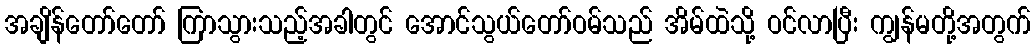
အချိန်တော်တော် ကြာသွားသည့်အခါတွင် အောင်သွယ်တော်ဝမ်သည် အိမ်ထဲသို့ ဝင်လာပြီး ကျွန်မတို့အတွက်